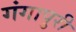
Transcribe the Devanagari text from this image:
गंगापुरी